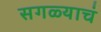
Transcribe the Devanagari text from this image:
सगळ्याचं